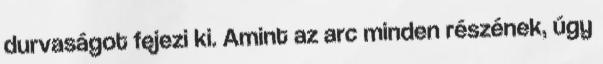
durvaságot fejezi ki. Amint az arc minden részének, úgy